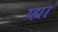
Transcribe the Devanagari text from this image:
य्ह्या